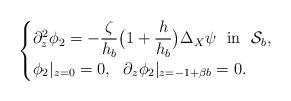
LaTeX: \begin{align*} \begin{cases} \partial_z^2\phi_2 = - \dfrac{\zeta}{h_b}\big( 1 + \dfrac{h}{h_b} \big) \Delta_X \psi \ \ \mathrm{in} \ \ \mathcal{S}_b,\\ \phi_2|_{z=0} = 0, \ \ \partial_z \phi_2|_{z=-1 + \beta b} = 0. \end{cases} \end{align*}